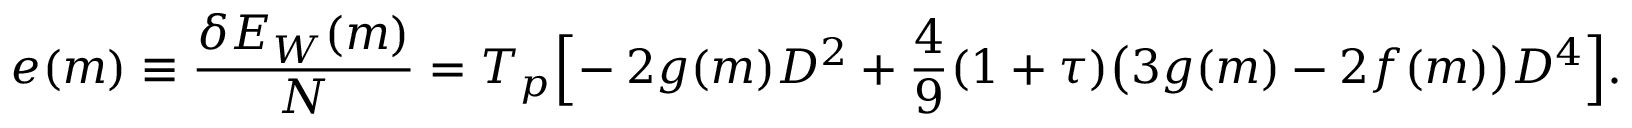
\begin{array} { c c c } { \displaystyle { e ( m ) \equiv \frac { \delta E _ { W } ( m ) } { N } = T _ { p } \Big [ \! - 2 g ( m ) D ^ { 2 } + \frac { 4 } { 9 } ( 1 + \tau ) \big ( 3 g ( m ) - 2 f ( m ) \big ) D ^ { 4 } \Big ] . } } \end{array}